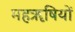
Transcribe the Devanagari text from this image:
महॠषियों